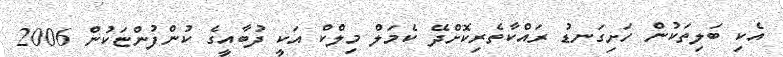
އެކި ބަލިތަކުން ހަށިގަނޑު ރައްކާތެރިކޮށްދޭ ކެމަލް މިލްކް އަކީ ދުބާއީގެ ކުންފުންޏަކުން 2006